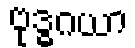
ဗုဒ္ဓဂယာ